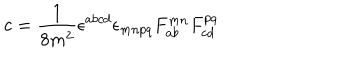
c = \frac { 1 } { 8 m ^ { 2 } } \epsilon ^ { a b c d } \epsilon _ { m n p q } F _ { a b } ^ { m n } F _ { c d } ^ { p q }